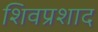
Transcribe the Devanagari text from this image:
शिवप्रशाद